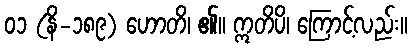
၀၁ (နိ-၁၈၉) ဟောတိ၊ ၏။ ဣတိပိ၊ ကြောင့်လည်း။